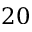
2 0